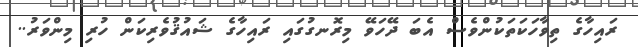
ރައިހާގެ ތިވާހަކަތަކުންވެސް އެބަ ދޭހަވޭ މިރޮނގުގައި ރައިހާގެ ޝައުޤުވެރިކަން ހުރި މިންވަރު..